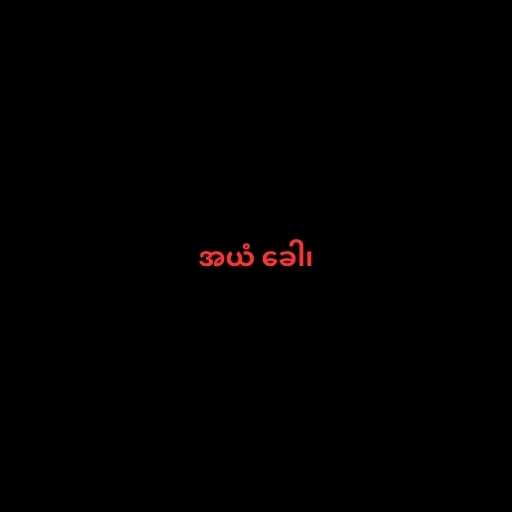
အယံ ခေါ၊